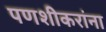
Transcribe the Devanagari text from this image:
पणशीकरांना